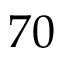
7 0